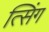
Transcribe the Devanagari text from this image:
त्सिंग